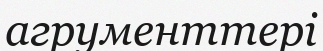
агрументтері